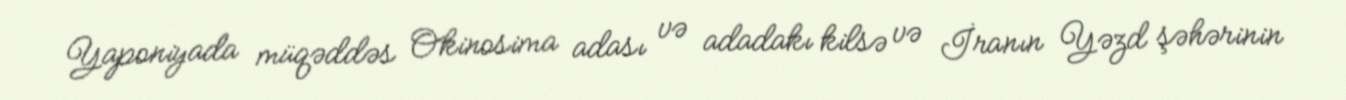
Yaponiyada müqəddəs Okinosima adası və adadakı kilsə və İranın Yəzd şəhərinin